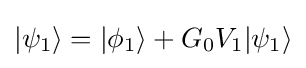
|\psi _{1}\rangle =|\phi _{1}\rangle +G_{0}V_{1}|\psi _{1}\rangle